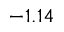
- 1 . 1 4